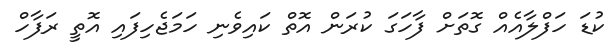
ކުޑަ ހަފްލާއެއް ގޮތަށް ފާހަގަ ކުރަން އޮތް ކައިވެނި ހަމަޖެހިފައި އޮތީ ރަފާހް